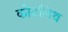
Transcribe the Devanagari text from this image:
कोटलिथ